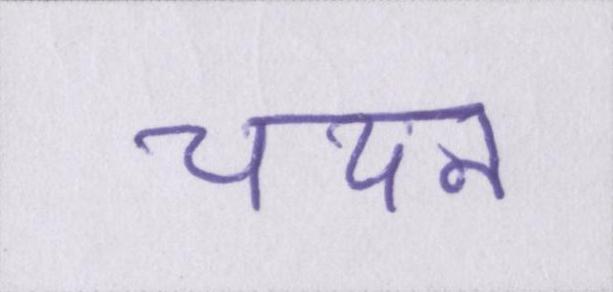
चयन